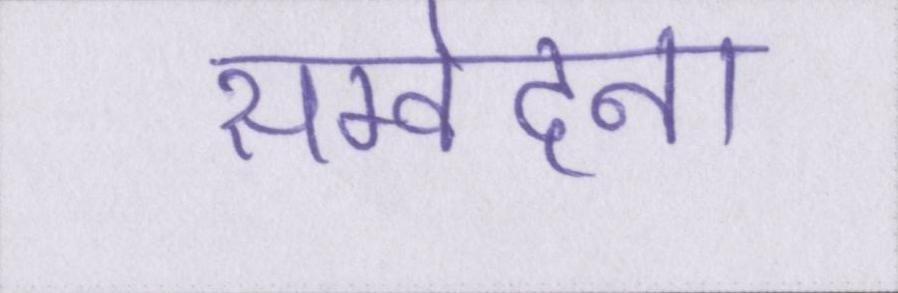
सम्वेदना